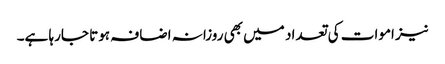
نیز اموات کی تعداد میں بھی روزانہ اضافہ ہوتا جارہا ہے۔